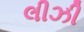
લીઝી